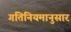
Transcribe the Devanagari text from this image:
गतिनियमानुसार